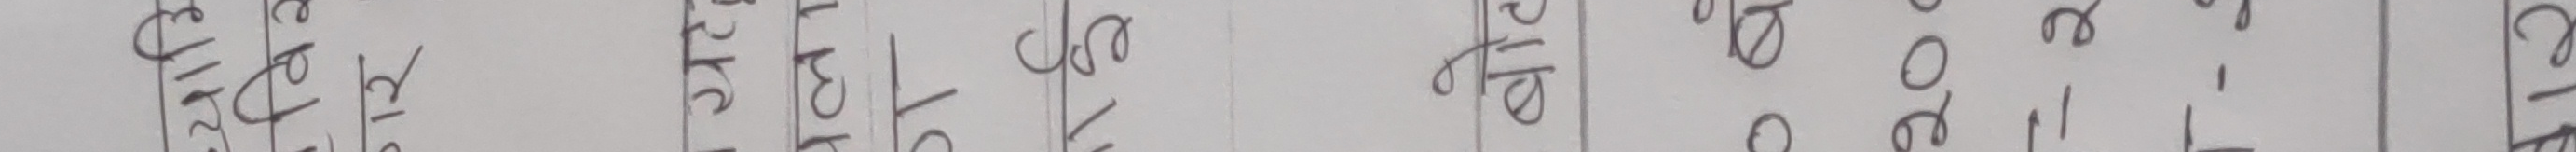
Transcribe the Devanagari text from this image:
११८